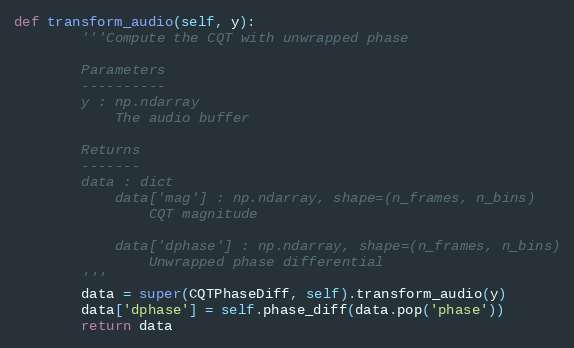
Language: Python
def transform_audio(self, y):
        '''Compute the CQT with unwrapped phase

        Parameters
        ----------
        y : np.ndarray
            The audio buffer

        Returns
        -------
        data : dict
            data['mag'] : np.ndarray, shape=(n_frames, n_bins)
                CQT magnitude

            data['dphase'] : np.ndarray, shape=(n_frames, n_bins)
                Unwrapped phase differential
        '''
        data = super(CQTPhaseDiff, self).transform_audio(y)
        data['dphase'] = self.phase_diff(data.pop('phase'))
        return data